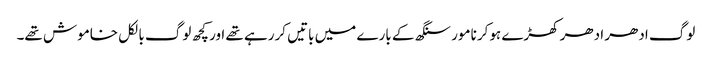
لوگ ادھر ادھر کھڑے ہوکر نامور سنگھ کے بارے میں باتیں کررہے تھے اور کچھ لوگ بالکل خاموش تھے۔